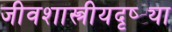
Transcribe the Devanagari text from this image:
जीवशास्त्रीयदृष्ट्या